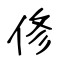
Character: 俢